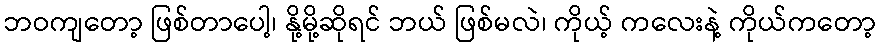
ဘဝကျတော့ ဖြစ်တာပေါ့၊ နို့မို့ဆိုရင် ဘယ် ဖြစ်မလဲ၊ ကိုယ့် ကလေးနဲ့ ကိုယ်ကတော့